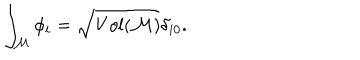
\int _ { \cal M } \phi _ { i } = \sqrt { V o l ( { \cal M } ) } \delta _ { i 0 } .